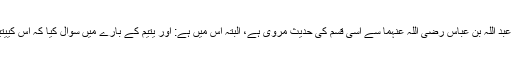
(دوسری سند) سیدنا عبد اللہ بن عباس ‌رضی ‌اللہ ‌عنہما سے اسی قسم کی حدیث مروی ہے، البتہ اس میں ہے: اور یتیم کے بارے میں سوال کیا کہ اس کییتیمی کب ختم ہو گی؟